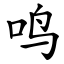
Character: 鸣